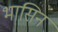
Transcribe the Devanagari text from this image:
भासिन